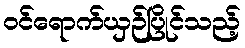
ဝင်ရောက်ယှဉ်ပြိုင်သည့်